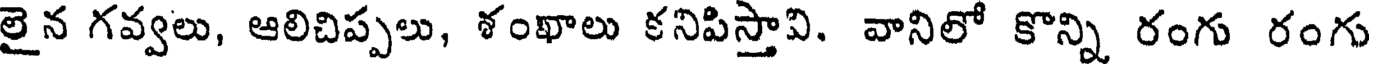
లైన గవ్వలు, ఆలిచిప్పలు, శంఖాలు కనిపిస్తావి. వానిలో కొన్ని రంగు రంగు